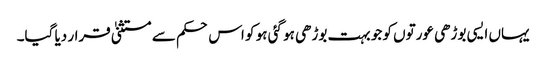
یہاں ایسی بوڑھی عورتوں کو جو بہت بوڑھی ہو گئی ہو کو اس حکم سے مستثنیٰ قرار دیا گیا۔